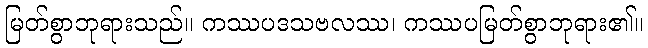
မြတ်စွာဘုရားသည်။ ကဿပဒသဗလဿ၊ ကဿပမြတ်စွာဘုရား၏။